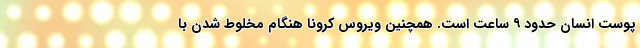
پوست انسان حدود ۹ ساعت است. همچنین ویروس کرونا هنگام مخلوط شدن با